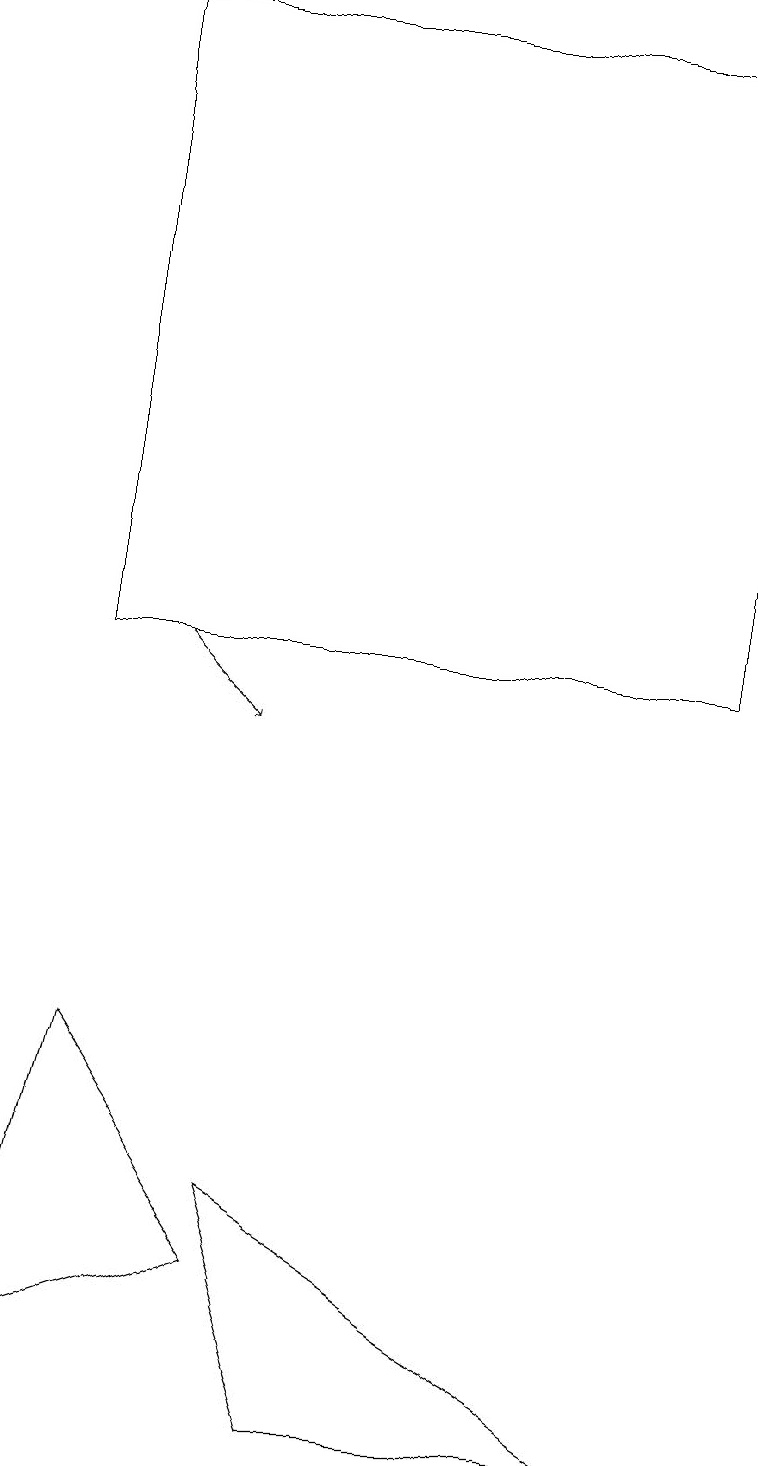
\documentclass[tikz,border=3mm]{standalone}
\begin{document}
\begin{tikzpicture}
\draw (0,2) -- (1,6) -- (3,3) -- cycle;
\draw (1,19) rectangle (9,11);
\draw (3,4) -- (4,1) -- (8,1) -- cycle;
\draw[->] (2,11) -- (3,10);
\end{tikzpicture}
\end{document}